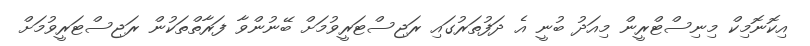
އިކޮނޮމިކް މިނިސްޓްރީން މިއަދު ބުނީ އެ ދަފުތަރުގައި ރަޖިސްޓަރީވުމަށް ބޭނުންވާ ފަރާތްތަކުން ރަޖިސްޓަރީވުމަށް